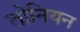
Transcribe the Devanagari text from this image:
तोनियन